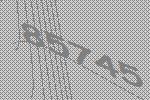
85745